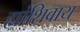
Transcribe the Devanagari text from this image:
ह्यांशिवाय